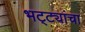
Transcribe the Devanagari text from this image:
भट्ट्यांचा